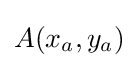
A(x_{a},y_{a})